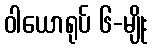
ဝါယောရုပ် ၆-မျိုး